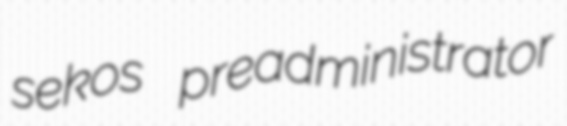
sekos preadministrator